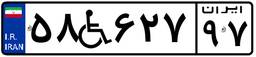
۵۸W۶۲۷۹۷